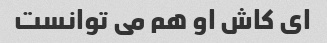
ای کاش او هم می توانست